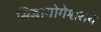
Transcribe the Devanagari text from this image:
सिद्धायोगेश्वराय